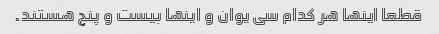
قطعا اینها هر کدام سی یوان و اینها بیست و پنج هستند.